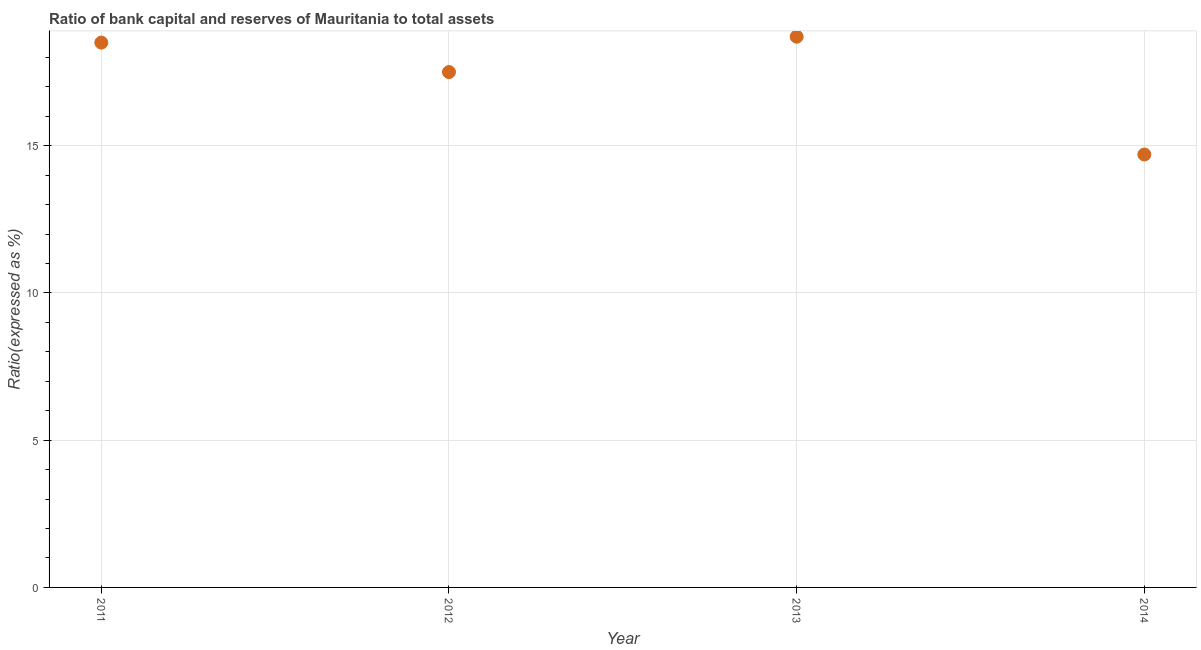
| Year | Bank capital to assets ratio |
 | --- | --- |
 | 2011 | 18.5 |
 | 2012 | 17.5 |
 | 2013 | 18.7 |
 | 2014 | 14.7 |